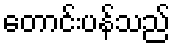
တောင်းပန်သည်